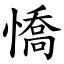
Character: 憍